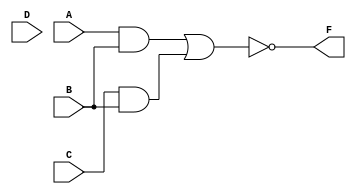
module S1L3D(A, B, C, D, F);

	input A, B, C, D;
	output F;
	
	wire w1, w2, w3;
	


	assign F 	= 	~w3;
	assign w3 	= 	w1 | w2;
	assign w1	= 	A & B;
	assign w2	= 	C & B;
	
endmodule